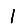
Digit: 1